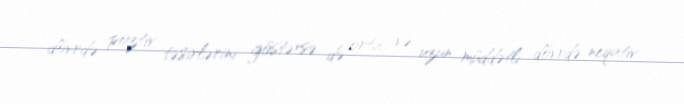
dövrdə poztiv təsirlərini göstərsə də orta və uzun müddətli dövrdə neqativ